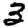
Digit: 3